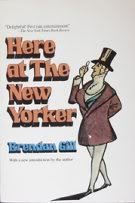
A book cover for Here at the New Yorker; Brendan Gill; Humor & Entertainment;